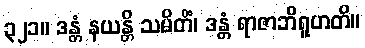
၃၂၁။ ဒန္တံ နယန္တိ သမိတိံ၊ ဒန္တံ ရာဇာဘိရူဟတိ။